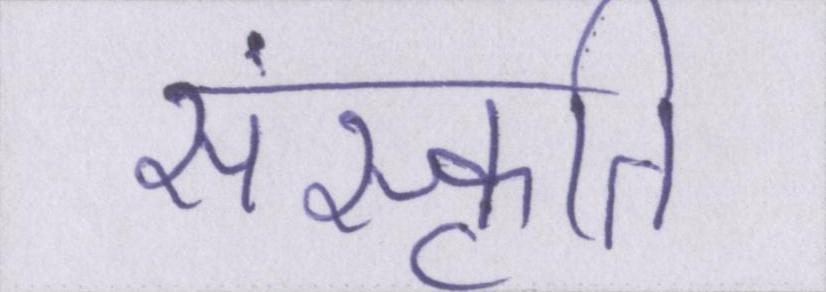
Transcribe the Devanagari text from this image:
संस्कृति